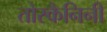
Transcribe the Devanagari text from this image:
तोस्कैनिनी